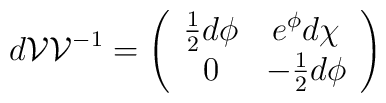
d {\cal{V}} {\cal{V}}^{-1} = \left( \begin{array}{cc}\frac{1}{2}d\phi & e^{\phi} d \chi \\0 & -\frac{1}{2} d\phi \end{array} \right)